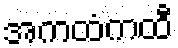
အကထံကထီ